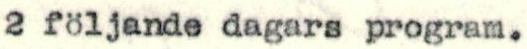
2 följande dagars program.